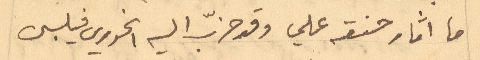
ما اثار حنقه علي وقد حزّب اليه الخوري فيلبس